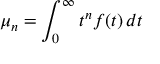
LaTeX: \mu _ { n } = \int _ { 0 } ^ { \infty } t ^ { n } f ( t ) \, d t